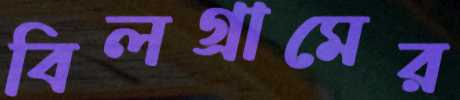
বিলগ্রামের